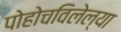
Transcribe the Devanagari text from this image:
पोहोचविलेल्या